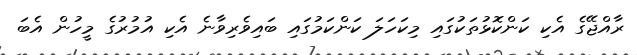
ރާއްޖޭގެ އެކި ކަންކޮޅުތަކުގައި މިކަހަލަ ކަންކަމުގައި ބައިވެރިވާނެ އެކި އުމުރުގެ މީހުން އެބަ